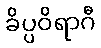
ခိပ္ပဝိရာဂီ